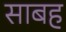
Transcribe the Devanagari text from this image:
साबह